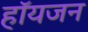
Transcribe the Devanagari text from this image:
हॉयजन